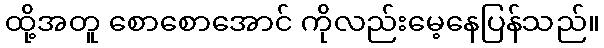
ထို့အတူ စောစောအောင် ကိုလည်းမေ့နေပြန်သည်။